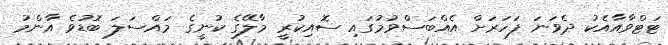
ޓަޓްވާއާއެކު ދެވަނަ ފަހަރަށް އެއްބަސްވުމުގައި ސޮއިކުރީ މާލޭގެ ކުނީގެ މައްސަލަ ބޮޑުވެ އާންމު